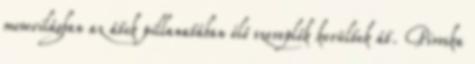
mesevilágban az átok pillanatában élő szereplők kerültek át. Piroska